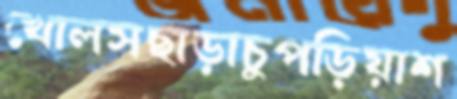
খোলসছাড়াচুপড়িয়াশ